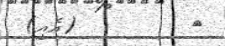
٩         (އެއީ)